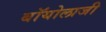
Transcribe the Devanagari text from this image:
बॉयोलाजी